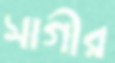
সাগীর